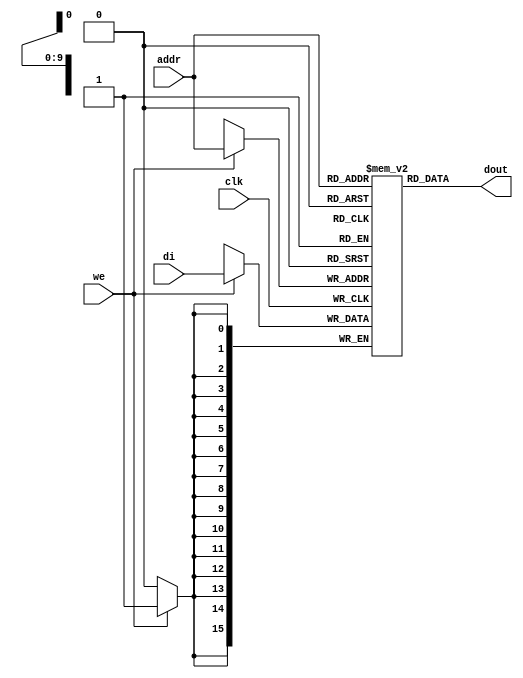
module rams_sp_rf_async_1024x16 (clk, we, addr, di, dout);
input clk;
input we;
input [9:0] addr;
input [15:0] di;
output [15:0] dout;

reg [15:0] RAM [1023:0];

always @(posedge clk)
    begin
        if (we)
        begin
            RAM[addr] <= di;
        end
    end

assign dout = RAM[addr];
endmodule